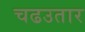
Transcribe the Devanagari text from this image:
चढउतार